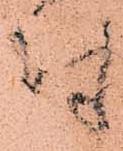
付